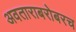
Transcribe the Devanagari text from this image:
अवताराबरोबरच